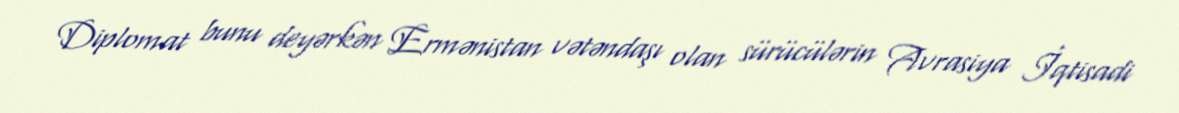
Diplomat bunu deyərkən Ermənistan vətəndaşı olan sürücülərin Avrasiya İqtisadi